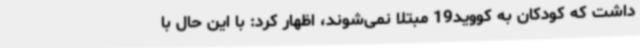
داشت که کودکان به کووید19 مبتلا نمی‌شوند، اظهار کرد: با این حال با